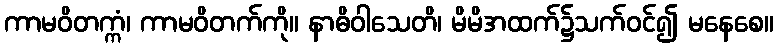
ကာမဝိတက္ကံ၊ ကာမဝိတက်ကို။ နာဓိဝါသေတိ၊ မိမိအထက်၌သက်ဝင်၍ မနေစေ။